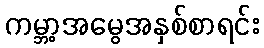
ကမ္ဘာ့အမွေအနှစ်စာရင်း